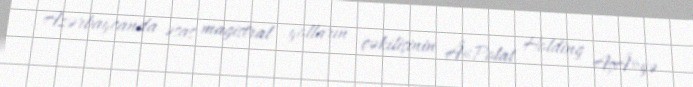
Azərbaycanda əsas magistral yolların çəkilişinin Â«Polat Holding AşÂ»yə